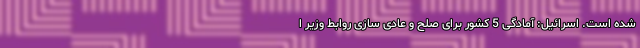
شده است. اسرائیل: آمادگی 5 کشور برای صلح و عادی سازی روابط وزیر ا